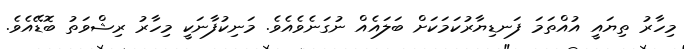
މިހާރު ތިޔައީ އުއްތަމަ ފަނޑިޔާރުކަމަކަށް ބަލައެއް ނުގަނެވެއެވެ. މަނިކުފާނަކީ މިހާރު ރިޝްވަތު ބޮޑޭއެވެ.